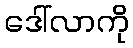
ဒေါ်လာကို